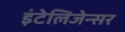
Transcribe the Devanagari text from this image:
इंटेलिजेन्सर